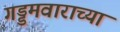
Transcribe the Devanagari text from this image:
गड्डमवाराच्या